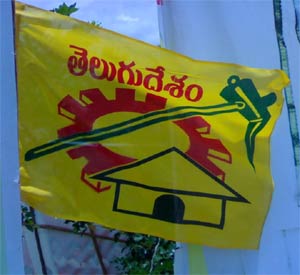
Language: telugu
Transcription: తెలుగుదేశం